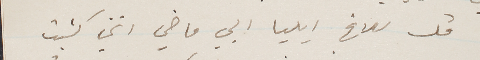
قل للاخ ايليا ابي ماضي انني كتبت